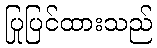
ပြုပြင်ထားသည်